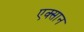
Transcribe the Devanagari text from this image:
एक्सान